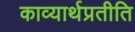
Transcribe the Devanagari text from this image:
काव्यार्थप्रतीति